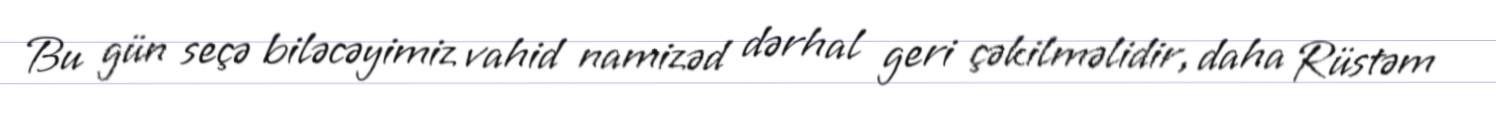
Bu gün seçə biləcəyimiz vahid namizəd dərhal geri çəkilməlidir, daha Rüstəm